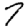
Digit: 7